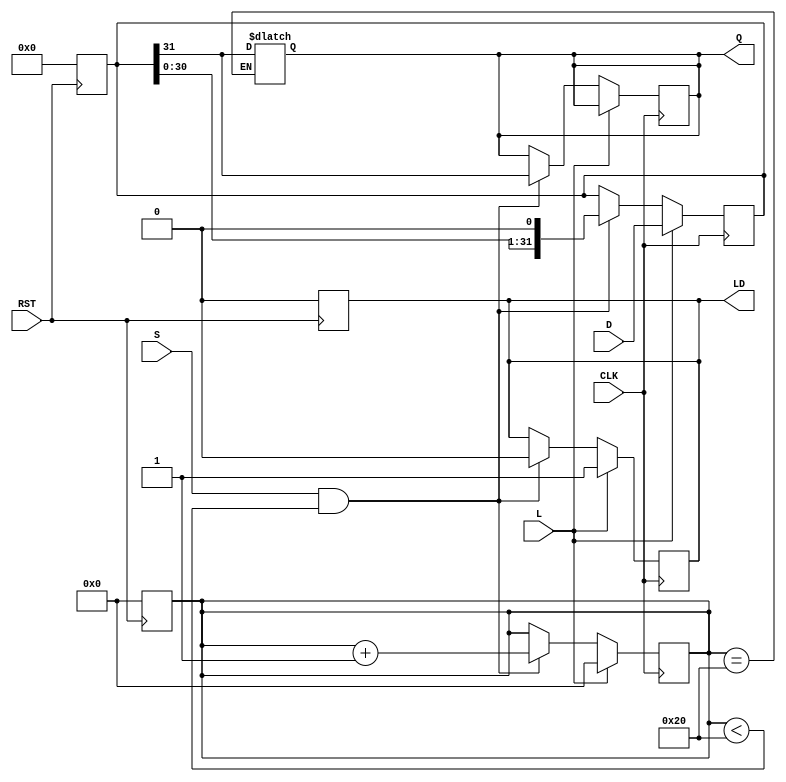
module piso_register (
    input wire [31:0] D,      // 32-bit parallel data input
    input wire L,             // Load control signal
    input wire S,             // Shift control signal
    input wire CLK,           // Clock input
    input wire RST,           // Asynchronous reset
    output reg Q,             // Serial output
    output reg LD             // Data loaded status output
);

    reg [31:0] shift_reg;     // 32-bit shift register
    reg [5:0] count;          // Counter for the number of shifts

    // Asynchronous reset
    always @(posedge RST) begin
        shift_reg <= 32'b0;    // Clear the register
        LD <= 1'b0;            // Clear loaded status
        count <= 6'b0;         // Reset shift counter
    end

    // Synchronous operation
    always @(posedge CLK) begin
        if (L) begin
            // Load the data into the shift register
            shift_reg <= D;
            LD <= 1'b1;        // Set loaded status
            count <= 6'b0;     // Reset the shift counter
        end else if (S && count < 32) begin
            // Shift operation
            Q <= shift_reg[31]; // Output the MSB
            shift_reg <= {shift_reg[30:0], 1'b0}; // Shift left
            count <= count + 1; // Increment shift count
            LD <= 1'b0;          // Clear loaded status after shifting
        end
    end

    // Ensure Q retains the last value after all bits are shifted out
    always @(*) begin
        if (count == 32) begin
            Q <= shift_reg[31]; // Last valid output once shifting is complete
        end
    end

endmodule